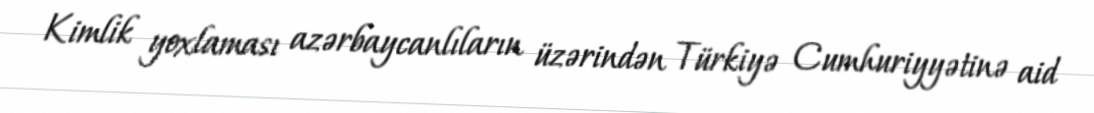
Kimlik yoxlaması azərbaycanlıların üzərindən Türkiyə Cumhuriyyətinə aid